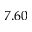
7 . 6 0